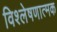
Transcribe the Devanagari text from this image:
विश्‍लेषणात्मक